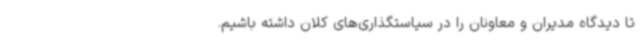
تا دیدگاه مدیران و معاونان را در سیاستگذاری‌های کلان داشته باشیم.